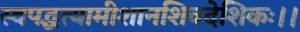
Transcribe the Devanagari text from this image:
स्वपद्धत्यामीशानशिवदेशिकः।।